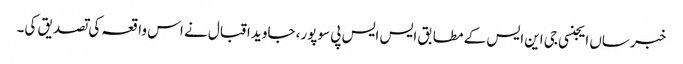
خبر ساں ایجنسی جی این ایس کے مطابق ایس ایس پی سوپور، جاوید اقبال نے اس واقعہ کی تصدیق کی۔